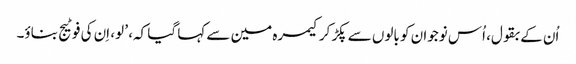
اُن کے بقول، اُس نوجوان کو بالوں سے پکڑ کر کیمرہ مین سے کہا گیا کہ، ’ لو، اِن کی فوٹیج بناؤ۔